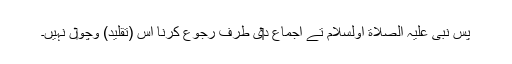
پس نبی علیہ الصلاة اولسلام تے اجماع د‏‏ی طرف رجوع کرنا اس (تقلید) وچو‏ں نہيں۔